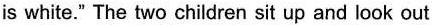
is white." The two children sit up and look out